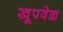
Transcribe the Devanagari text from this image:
खूपवेळ